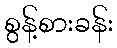
စွန့်စားခန်း